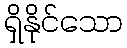
ရှိနိုင်သော